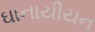
ઘાનાયીયન